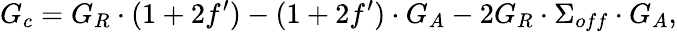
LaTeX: G_{c}=G_{R}\cdot(1+2f^{\prime})-(1+2f^{\prime})\cdot G_{A}-2G_{R}\cdot\Sigma_{off}\cdot G_{A},